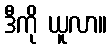
ဒီကို ယူလာ။